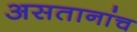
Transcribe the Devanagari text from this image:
असतानांच